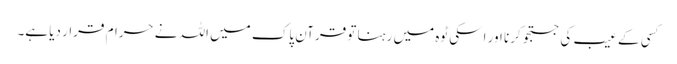
کسی کے عیب کی جستجو کرنا اور اسکی ٹوہ میں رہنا تو قرآن پاک میں اللہ نے حرام قرار دیا ہے۔